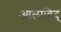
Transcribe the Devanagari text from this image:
आत्मविद्